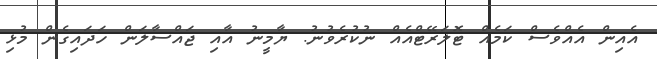
އެއިން އެއްވެސް ކަމެއް ޓޮލަރޭޓްއެއް ނުކުރެވުނު. ޔާމީނު އާއި ޖައްސާލަން ހަދައިގެން މުޅި